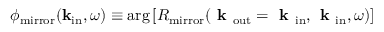
\phi _ { \mathrm { m i r r o r } } ( { \bf k } _ { \mathrm { i n } } , \omega ) \equiv \mathrm { a r g } \left[ R _ { \mathrm { m i r r o r } } ( \textbf { k } _ { \mathrm { o u t } } = \textbf { k } _ { \mathrm { i n } } , \textbf { k } _ { \mathrm { i n } } , \omega ) \right]